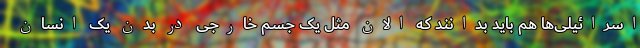
اسرائیلی‌ها هم باید بدانند که الان مثل یک جسم خارجی در بدن یک انسان